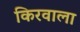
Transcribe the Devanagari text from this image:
किरवाला